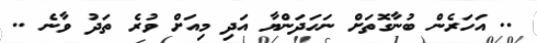
.. އަހަރެން ބުނާގޮތަށް ނަހަދަންޔާ އަދި މިއަށް ވުރެ ތަދު ވާނެ ..